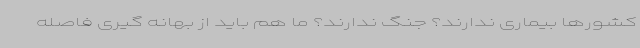
کشورها بیماری ندارند؟ جنگ ندارند؟ ما هم باید از بهانه گیری فاصله